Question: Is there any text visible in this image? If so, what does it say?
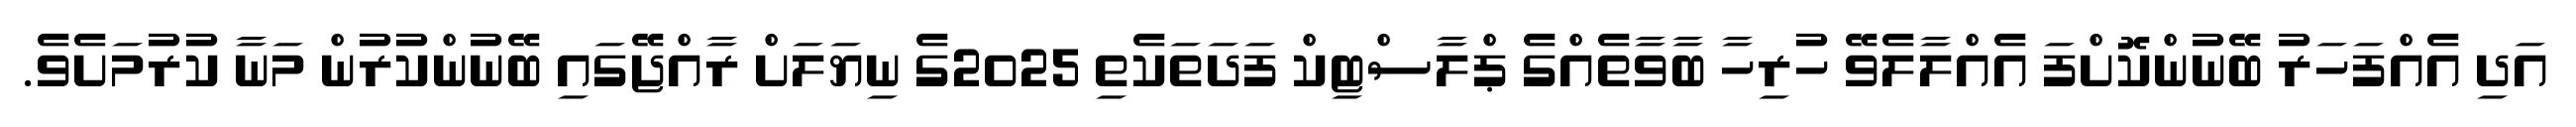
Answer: އަދި އެއްފަހަރު ބޭނުންކޮށްފަ އެއްލާލެވޭ ހުރިހާ ބާވާތެއްގެ ޕްލާސްޓިކް ފަދަތަކެތި 2025ގެ ނިޔަލަށް ރާއްޖޭގައި ބޭނުންކުރުން މަނާ ކުރުމަށެވެ.